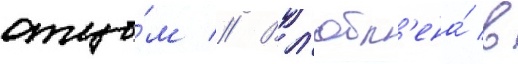
отцо́м // Вл'юбл'ена́ в